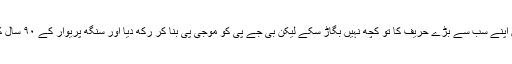
مودی جی ان پانچ سال میں اپنے سب سے بڑے حریف کا تو کچھ نہیں بگاڑ سکے لیکن بی جے پی کو موجی پی بنا کر رکھ دیا اور سنگھ پریوار کے ۹۰ سال کی محنت پر پانی پھیر دیا۔